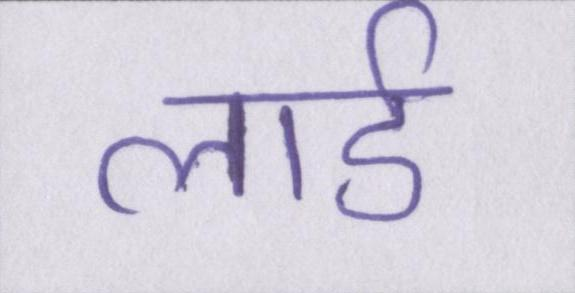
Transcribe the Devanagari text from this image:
लार्ड